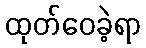
ထုတ်ဝေခဲ့ရာ